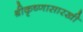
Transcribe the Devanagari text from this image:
श्रीकृष्णासारखी